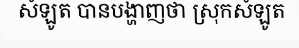
សំឡូត បានបង្ហាញថា ស្រុកសំឡូត